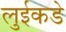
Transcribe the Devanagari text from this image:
लुईकडे